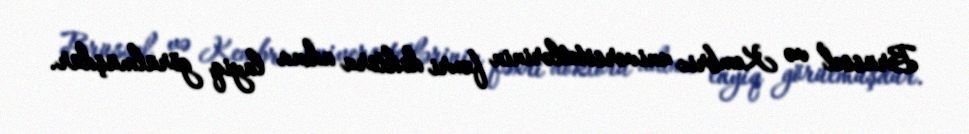
Brüssel və Kembric universitetlərinin fəxri doktoru adına layiq görülmüşdür.